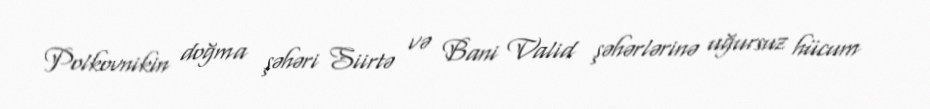
Polkovnikin doğma şəhəri Siirtə və Bani Valid şəhərlərinə uğursuz hücum